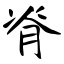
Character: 脊